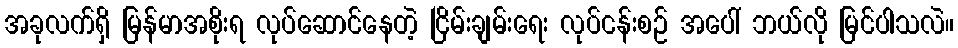
အခုလက်ရှိ မြန်မာအစိုးရ လုပ်ဆောင်နေတဲ့ ငြိမ်းချမ်းရေး လုပ်ငန်းစဉ် အပေါ် ဘယ်လို မြင်ပါသလဲ။